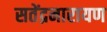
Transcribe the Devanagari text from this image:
सतेंद्रनारायण